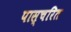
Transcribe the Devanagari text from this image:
पास्चरित